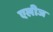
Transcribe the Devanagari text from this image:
एलीज